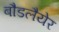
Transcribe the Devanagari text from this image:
बौडलैयेर